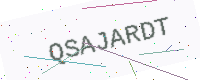
Text: QSAJARDT